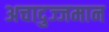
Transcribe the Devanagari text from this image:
अचादुज्जमान